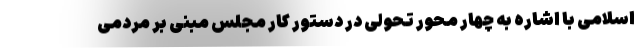
اسلامی با اشاره به چهار محور تحولی در دستور کار مجلس مبنی بر مردمی